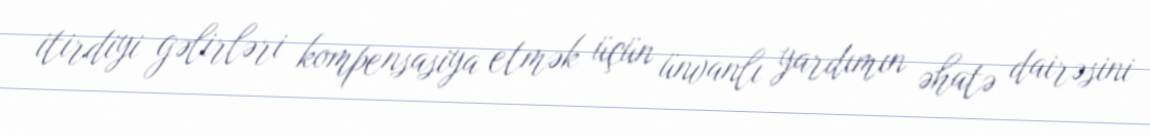
itirdiyi gəlirləri kompensasiya etmək üçün ünvanlı yardımın əhatə dairəsini